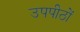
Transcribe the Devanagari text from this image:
उपपीठों